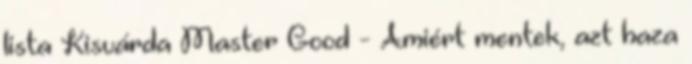
lista Kisvárda Master Good - Amiért mentek, azt haza